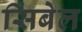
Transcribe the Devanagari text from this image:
सिंबेल